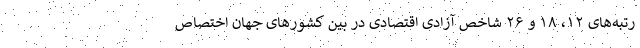
رتبه‌های ۱۲، ۱۸ و ۲۶ شاخص آزادی اقتصادی در بین کشورهای جهان اختصاص